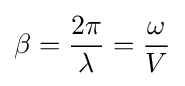
\beta ={\frac {2\pi }{\lambda }}={\frac {\omega }{V}}